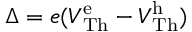
\Delta = e ( V \mathrm { ^ e _ { T h } } - V \mathrm { ^ h _ { T h } } )